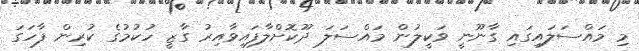
މި މައްސަލައިގައި ގާނޫނީ ވަކީލުން މައްސަލަ ދޫކޮށްލާފައިވާއިރު ގާޒީ ހުކުމުގެ ކުރިން ފާހަގަ